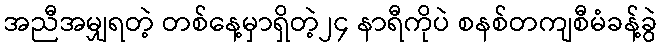
အညီအမျှရတဲ့ တစ်နေ့မှာရှိတဲ့၂၄ နာရီကိုပဲ စနစ်တကျစီမံခန့်ခွဲ